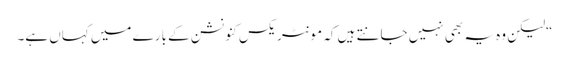
“لیکن وہ یہ بھی نہیں جانتے ہیں کہ مونٹریکس کنونشن کے بارے میں کہاں ہے۔